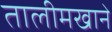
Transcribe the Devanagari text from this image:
तालीमखाने